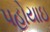
પહોયાઇ